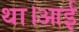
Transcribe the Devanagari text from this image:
था।आई